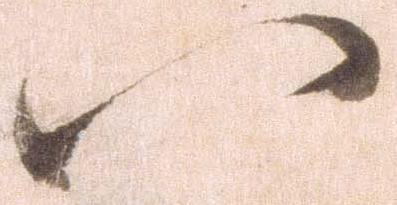
八